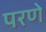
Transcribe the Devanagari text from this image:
परणे